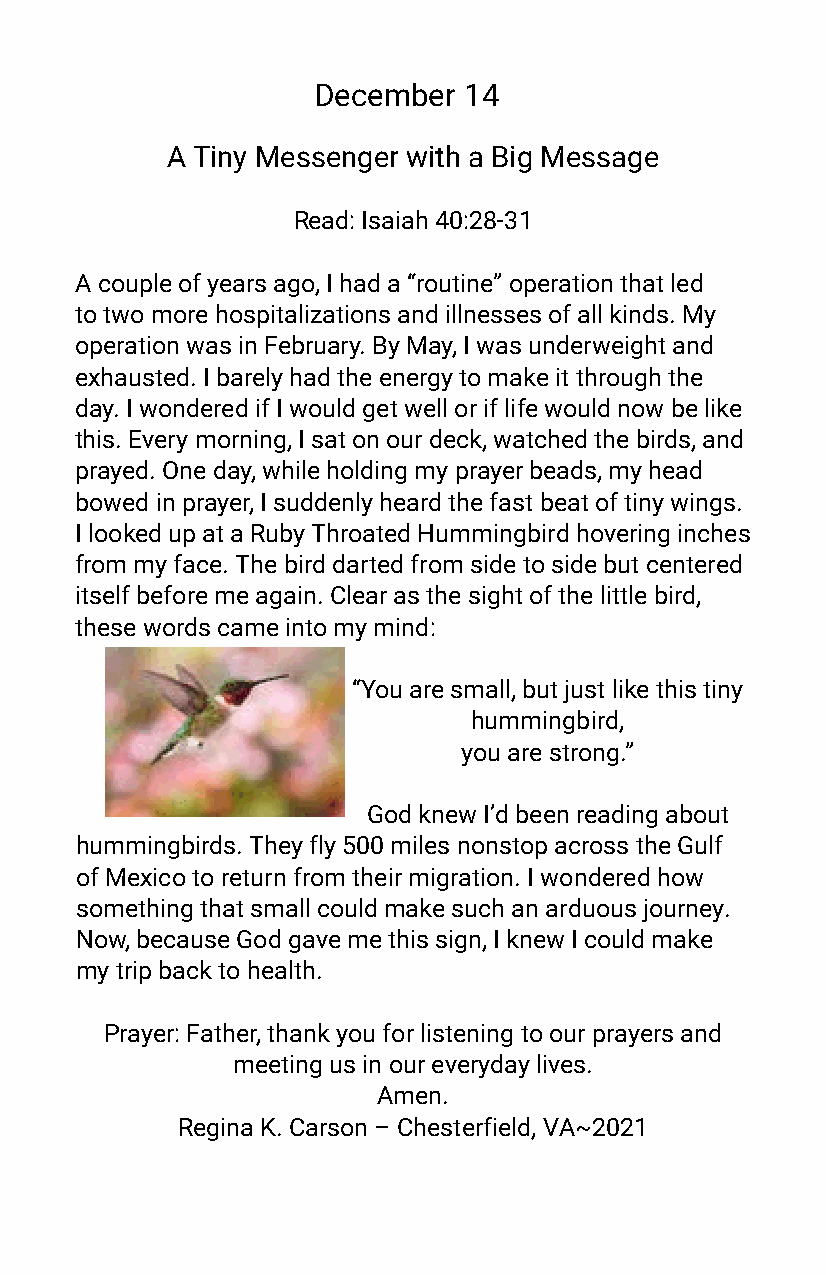
December  14
 A Tiny Messenger with a Big Message
 Read: Isaiah 40:28-31
 A couple of years ago, I had a “routine” operation that led
 to two more hospitalizations and illnesses of all kinds. My
 operation was in February. By May, I was underweight and
 exhausted. I barely had the energy to make it through the
 day. I wondered if I would get well or if life would now be like
 this. Every morning, I sat on our deck, watched the birds, and
 prayed. One day, while holding my prayer beads, my head
 bowed in prayer, I suddenly heard the fast beat of tiny wings.
 I looked up at a Ruby Throated Hummingbird hovering inches
 from my face. The bird darted from side to side but centered
 itself before me again. Clear as the sight of the little bird,
 these words came into my mind:
 “You are small, but just like this tiny
 hummingbird,
 you are strong.”
 God knew I’d been reading about
 hummingbirds. They fly 500 miles nonstop across the Gulf of
 Mexico to return from their migration. I wondered how some-
 thing that small could make such an arduous journey. Now,
 because God gave me this sign, I knew I could make my trip
 back to health.
 Prayer: Father, thank you for listening to our prayers and
 meeting us in our everyday lives.
 Amen.
 Regina K. Carson – Chesterfield, VA~2021